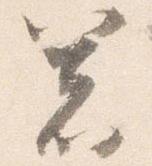
箸